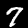
Label: 7